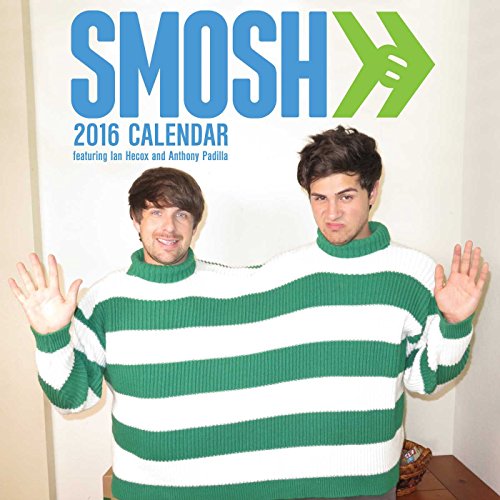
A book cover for Smosh 2016 Wall Calendar; Ian Hecox; Calendars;